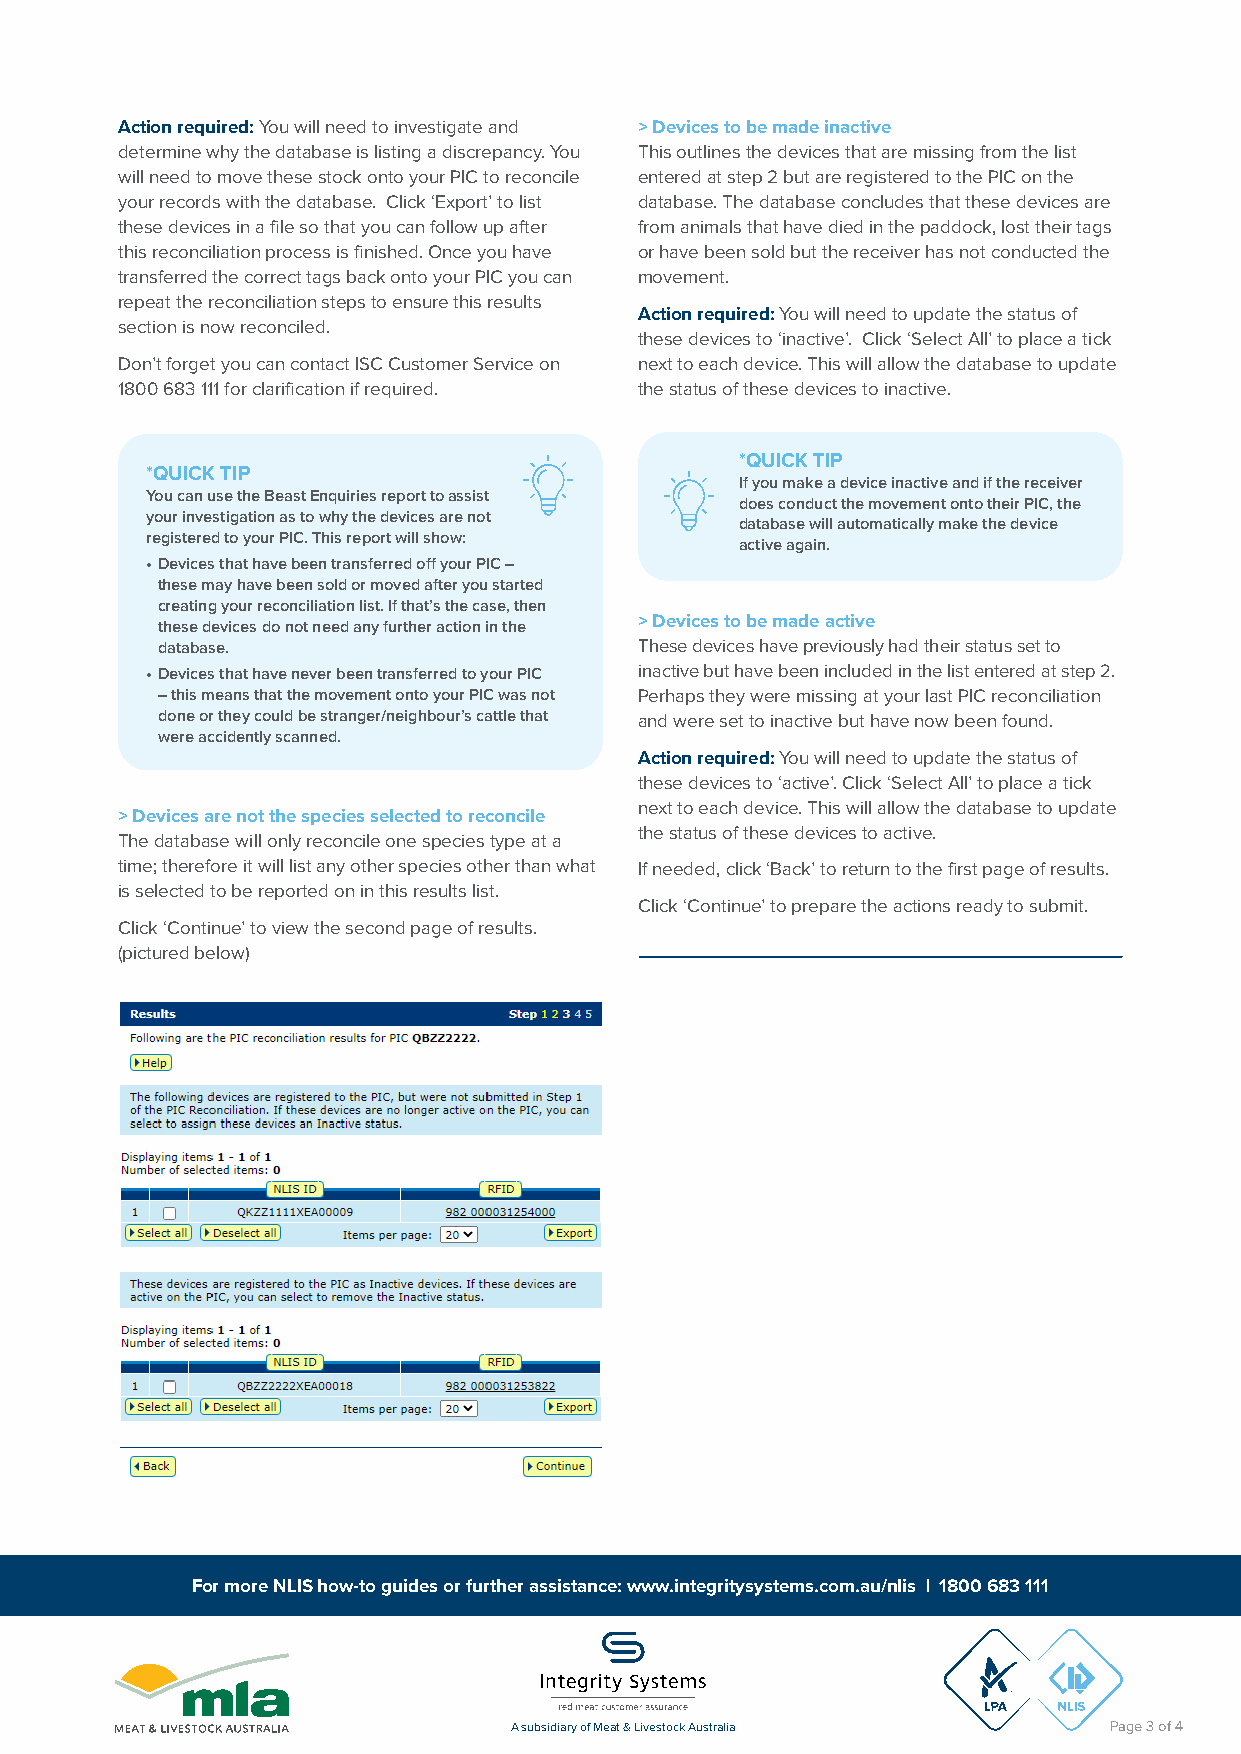
Action required: You will need to investigate and > Devices to be made inactive
 determine why the database is listing a discrepancy. You This outlines the devices that are missing from the list
 will need to move these stock onto your PIC to reconcile entered at step 2 but are registered to the PIC on the
 your records with the database. Click ‘Export’ to list database. The database concludes that these devices are
 these devices in a file so that you can follow up after from animals that have died in the paddock, lost their tags
 this reconciliation process is finished. Once you have or have been sold but the receiver has not conducted the
 transferred the correct tags back onto your PIC you can movement.
 repeat the reconciliation steps to ensure this results
 Action required: You will need to update the status of
 section is now reconciled.
 these devices to ‘inactive’. Click ‘Select All’ to place a tick
 Don’t forget you can contact ISC Customer Service on next to each device. This will allow the database to update
 1800 683 111 for clarification if required. the status of these devices to inactive.
 *QUICK TIP
 *QUICK TIP
 If you make a device inactive and if the receiver
 You can use the Beast Enquiries report to assist
 does conduct the movement onto their PIC, the
 your investigation as to why the devices are not
 database will automatically make the device
 registered to your PIC. This report will show:
 active again.
 • Devices that have been transferred off your PIC –
 these may have been sold or moved after you started
 creating your reconciliation list. If that’s the case, then
 these devices do not need any further action in the > Devices to be made active
 database.                       These devices have previously had their status set to
 • Devices that have never been transferred to your PIC inactive but have been included in the list entered at step 2.
 – this means that the movement onto your PIC was not Perhaps they were missing at your last PIC reconciliation
 done or they could be stranger/neighbour’s cattle that and were set to inactive but have now been found.
 were accidently scanned.
 Action required: You will need to update the status of
 these devices to ‘active’. Click ‘Select All’ to place a tick
 next to each device. This will allow the database to update
 > Devices are not the species selected to reconcile
 the status of these devices to active.
 The database will only reconcile one species type at a
 time; therefore it will list any other species other than what If needed, click ‘Back’ to return to the first page of results.
 is selected to be reported on in this results list.
 Click ‘Continue’ to prepare the actions ready to submit.
 Click ‘Continue’ to view the second page of results.
 (pictured below)
 For more NLIS how-to guides or further assistance: www.integritysystems.com.au/nlis | 1800 683 111
 A subsidiary of Meat & Livestock Australia Page 3 of 4